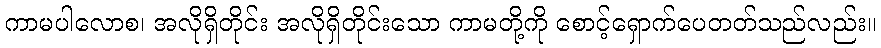
ကာမပါလောစ၊ အလိုရှိတိုင်း အလိုရှိတိုင်းသော ကာမတို့ကို စောင့်ရှောက်ပေတတ်သည်လည်း။